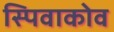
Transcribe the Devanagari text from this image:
स्पिवाकोव